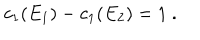
LaTeX: c _ { 1 } ( E _ { 1 } ) - c _ { 1 } ( E _ { 2 } ) = 1 \ .